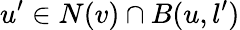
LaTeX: u^{\prime}\in N(v)\cap B(u,l^{\prime})